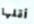
أقلها